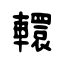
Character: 轘